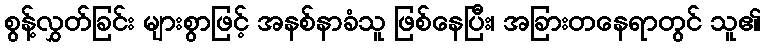
စွန့်လွှတ်ခြင်း များစွာဖြင့် အနစ်နာခံသူ ဖြစ်နေပြီး၊ အခြားတနေရာတွင် သူ၏